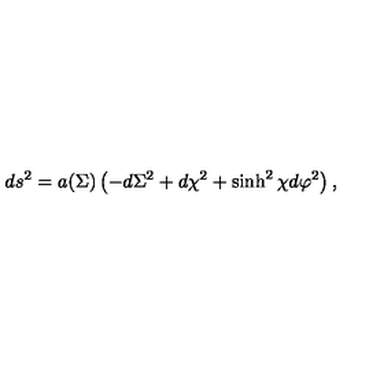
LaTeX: d s ^ { 2 } = a ( \Sigma ) \left( - d \Sigma ^ { 2 } + d \chi ^ { 2 } + \sinh ^ { 2 } \chi d \varphi ^ { 2 } \right) ,